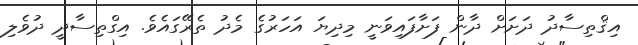
އިޤްތިސާދު ދަށަށް ދާން ފަށާފައިވަނީ މިދިޔަ އަހަރުގެ މެދު ތެރޭގައެވެ. އިގްތިސާދީ ދުވެލި